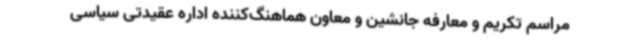
مراسم تکریم و معارفه جانشین و معاون هماهنگ‌کننده اداره عقیدتی سیاسی